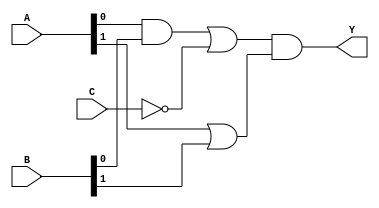
module combinational_logic_block (
    input wire [3:0] A,      // 4-bit input
    input wire [3:0] B,      // 4-bit input
    input wire C,            // 1-bit input
    output wire Y            // Output
);

// Intermediate signals for multi-level logic
wire and1_out;              // Intermediate signal for AND operation
wire or1_out;               // Intermediate signal for OR operation
wire not1_out;              // Intermediate signal for NOT operation

// Level 1: AND operation
assign and1_out = A[0] & B[0]; // A0 AND B0

// Level 2: NOT operation
assign not1_out = ~C;          // NOT C

// Level 3: OR operation
assign or1_out = and1_out | not1_out; // AND result OR NOT C

// Final output: Example of a more complex logic function
assign Y = or1_out & (A[1] | B[1]); // Final output combining previous results

endmodule